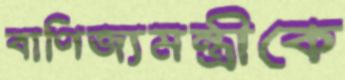
বাণিজ্যমন্ত্রীকে